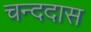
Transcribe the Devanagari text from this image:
चन्ददास